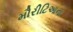
મૌરીટિઆના